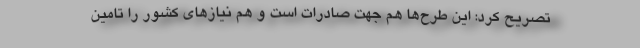
تصریح کرد: این طرح‌ها هم جهت صادرات است و هم نیازهای کشور را تامین